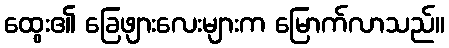
ထွေး၏ ခြေဖျားလေးများက မြောက်လာသည်။